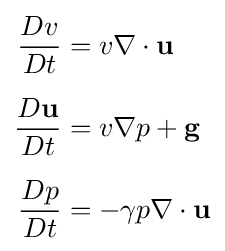
{\begin{aligned}{Dv \over Dt}&=v\nabla \cdot \mathbf {u} \\[1.2ex]{\frac {D\mathbf {u} }{Dt}}&=v\nabla p+\mathbf {g} \\[1.2ex]{Dp \over Dt}&=-\gamma p\nabla \cdot \mathbf {u} \end{aligned}}